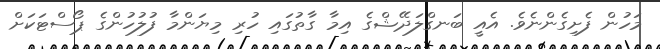
މަހުން ފެށިގެންނެވެ. އެއީ ބަނގްލަދޭޝްގެ އިމާ ގާތުގައި ހުރި މިޔަންމާ ފުލުހުންގެ ޕޯސްޓަކަށް